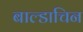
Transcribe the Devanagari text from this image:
बाल्डाचिन